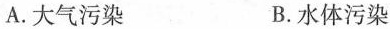
A.大气污染 B.水体污染